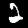
Label: 2